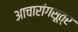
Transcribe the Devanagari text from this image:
आचारांगसूत्र